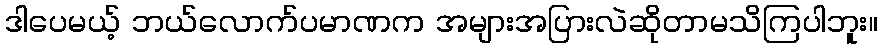
ဒါပေမယ့် ဘယ်လောက်ပမာဏက အများအပြားလဲဆိုတာမသိကြပါဘူး။